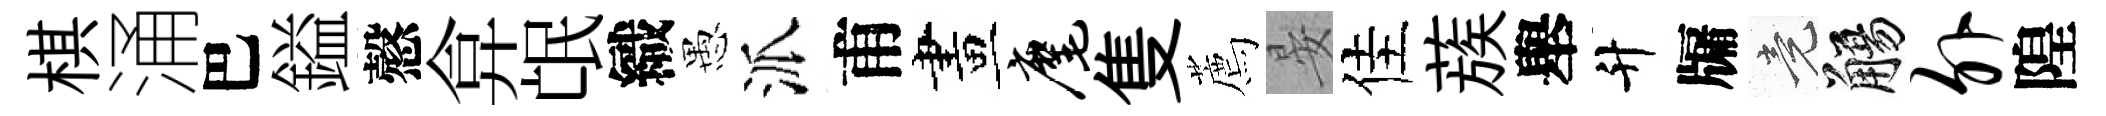
棋涌巴鎰慤弇氓織愚派甫畫麾隻薦晏佳蔟舉升牖竟觴外隍